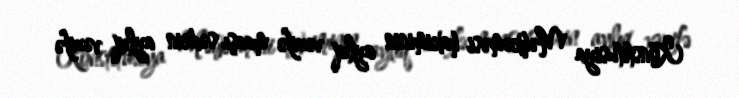
Konstitusiya Məhkəməsi hakiminin aylıq vəzifə maaşı sədrin aylıq vəzifə